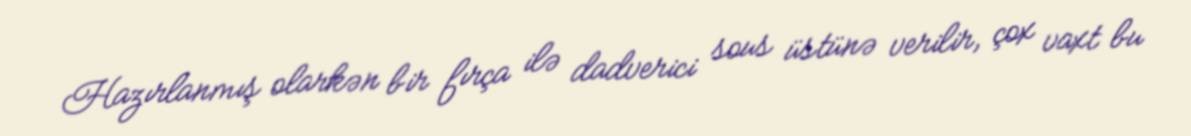
Hazırlanmış olarkən bir fırça ilə dadverici sous üstünə verilir, çox vaxt bu